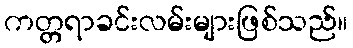
ကတ္တရာခင်းလမ်းများဖြစ်သည်။